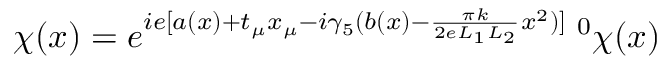
\chi ( x ) = e ^ { i e [ a ( x ) + t _ { \mu } x _ { \mu } - i \gamma _ { 5 } ( b ( x ) - \frac { \pi k } { 2 e L _ { 1 } L _ { 2 } } x ^ { 2 } ) ] } \; ^ { 0 } \chi ( x )